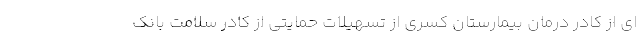
ای از کادر درمان بیمارستان کسری از تسهیلات حمایتی از کادر سلامت بانک